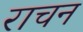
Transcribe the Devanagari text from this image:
राचन